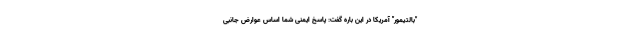
"بالتیمور" آمریکا در این باره گفت: پاسخ ایمنی شما اساس عوارض جانبی